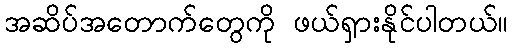
အဆိပ်အတောက်တွေကို ဖယ်ရှားနိုင်ပါတယ်။